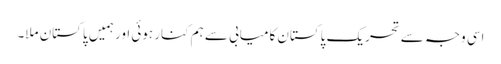
اسی وجہ سے تحریکِ پاکستان کامیابی سے ہم کنار ہوئی اور ہمیں پاکستان ملا۔